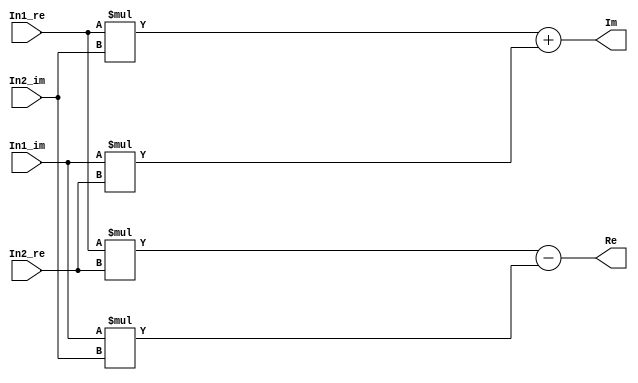
// -------------------------------------------------------------
// 
// 
// Generated by MATLAB 8.2 and HDL Coder 3.3
// 
// -------------------------------------------------------------


// -------------------------------------------------------------
// 
// Module: controllerHdl_Complex_Multiply
// Source Path: controllerHdl/Field_Oriented_Control/Open_Loop_Control/Sin_Cos/Complex_Multiply
// Hierarchy Level: 5
// 
// -------------------------------------------------------------

`timescale 1 ns / 1 ns

module controllerHdl_Complex_Multiply
          (
           In1_re,
           In1_im,
           In2_re,
           In2_im,
           Re,
           Im
          );


  input   signed [17:0] In1_re;  // sfix18_En16
  input   signed [17:0] In1_im;  // sfix18_En16
  input   signed [17:0] In2_re;  // sfix18_En16
  input   signed [17:0] In2_im;  // sfix18_En16
  output  signed [35:0] Re;  // sfix36_En32
  output  signed [35:0] Im;  // sfix36_En32


  wire signed [35:0] Product_out1;  // sfix36_En32
  wire signed [35:0] Product1_out1;  // sfix36_En32
  wire signed [35:0] Add1_out1;  // sfix36_En32
  wire signed [35:0] Product2_out1;  // sfix36_En32
  wire signed [35:0] Product3_out1;  // sfix36_En32
  wire signed [35:0] Add2_out1;  // sfix36_En32


  // <S33>/Product
  // 
  // <S33>/Complex to Real-Imag1
  // 
  // <S33>/Complex to Real-Imag2
  assign Product_out1 = In1_re * In2_re;



  // <S33>/Product1
  assign Product1_out1 = In1_im * In2_im;



  // <S33>/Add1
  assign Add1_out1 = Product_out1 - Product1_out1;



  assign Re = Add1_out1;

  // <S33>/Product2
  assign Product2_out1 = In1_re * In2_im;



  // <S33>/Product3
  assign Product3_out1 = In1_im * In2_re;



  // <S33>/Add2
  assign Add2_out1 = Product2_out1 + Product3_out1;



  assign Im = Add2_out1;

endmodule  // controllerHdl_Complex_Multiply